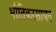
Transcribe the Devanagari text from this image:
भौतिकरसायन